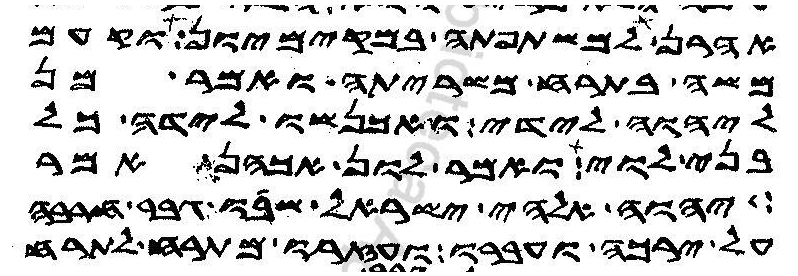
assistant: אהרן למשתפתה במקימיון וקעם
משה בתרח משריתה ואמר מן
ליהוה לידי ואתכנשו לידה כל
בני לוי ואמר לון אכהן אמר
יהוה אלהי ישראל שבו גבר חרבה
על ירכה ועברו ועזרו מתרח לתרח